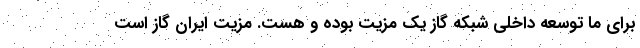
برای ما توسعه داخلی شبکه گاز یک مزیت بوده و هست. مزیت ایران گاز است